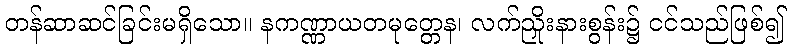
တန်ဆာဆင်ခြင်းမရှိသော။ နကဏ္ဏာယတမုတ္တေန၊ လက်ညှိုးနားစွန်း၌ ငင်သည်ဖြစ်၍